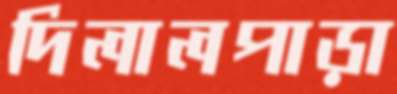
দিলালপাড়া